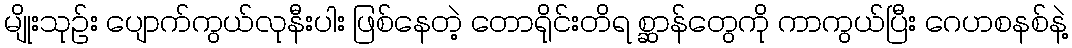
မျိုးသုဉ်း ပျောက်ကွယ်လုနီးပါး ဖြစ်နေတဲ့ တောရိုင်းတိရ စ္ဆာန်တွေကို ကာကွယ်ပြီး ဂေဟစနစ်နဲ့